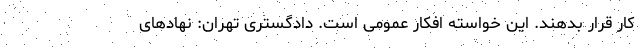
کار قرار بدهند. این خواسته افکار عمومی است. دادگستری تهران: نهادهای